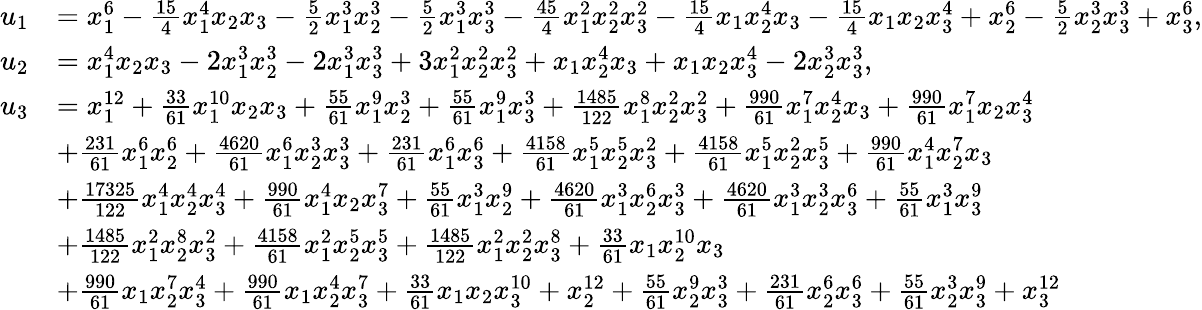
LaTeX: \begin{array}{rl}{u_{1}}&{=x_{1}^{6}-\frac{15}{4}x_{1}^{4}x_{2}x_{3}-\frac{5}{2}x_{1}^{3}x_{2}^{3}-\frac{5}{2}x_{1}^{3}x_{3}^{3}-\frac{45}{4}x_{1}^{2}x_{2}^{2}x_{3}^{2}-\frac{15}{4}x_{1}x_{2}^{4}x_{3}-\frac{15}{4}x_{1}x_{2}x_{3}^{4}+x_{2}^{6}-\frac{5}{2}x_{2}^{3}x_{3}^{3}+x_{3}^{6},}\\ {u_{2}}&{=x_{1}^{4}x_{2}x_{3}-2x_{1}^{3}x_{2}^{3}-2x_{1}^{3}x_{3}^{3}+3x_{1}^{2}x_{2}^{2}x_{3}^{2}+x_{1}x_{2}^{4}x_{3}+x_{1}x_{2}x_{3}^{4}-2x_{2}^{3}x_{3}^{3},}\\ {u_{3}}&{=x_{1}^{12}+\frac{33}{61}x_{1}^{10}x_{2}x_{3}+\frac{55}{61}x_{1}^{9}x_{2}^{3}+\frac{55}{61}x_{1}^{9}x_{3}^{3}+\frac{1485}{122}x_{1}^{8}x_{2}^{2}x_{3}^{2}+\frac{990}{61}x_{1}^{7}x_{2}^{4}x_{3}+\frac{990}{61}x_{1}^{7}x_{2}x_{3}^{4}}\\ &{+\frac{231}{61}x_{1}^{6}x_{2}^{6}+\frac{4620}{61}x_{1}^{6}x_{2}^{3}x_{3}^{3}+\frac{231}{61}x_{1}^{6}x_{3}^{6}+\frac{4158}{61}x_{1}^{5}x_{2}^{5}x_{3}^{2}+\frac{4158}{61}x_{1}^{5}x_{2}^{2}x_{3}^{5}+\frac{990}{61}x_{1}^{4}x_{2}^{7}x_{3}}\\ &{+\frac{17325}{122}x_{1}^{4}x_{2}^{4}x_{3}^{4}+\frac{990}{61}x_{1}^{4}x_{2}x_{3}^{7}+\frac{55}{61}x_{1}^{3}x_{2}^{9}+\frac{4620}{61}x_{1}^{3}x_{2}^{6}x_{3}^{3}+\frac{4620}{61}x_{1}^{3}x_{2}^{3}x_{3}^{6}+\frac{55}{61}x_{1}^{3}x_{3}^{9}}\\ &{+\frac{1485}{122}x_{1}^{2}x_{2}^{8}x_{3}^{2}+\frac{4158}{61}x_{1}^{2}x_{2}^{5}x_{3}^{5}+\frac{1485}{122}x_{1}^{2}x_{2}^{2}x_{3}^{8}+\frac{33}{61}x_{1}x_{2}^{10}x_{3}}\\ &{+\frac{990}{61}x_{1}x_{2}^{7}x_{3}^{4}+\frac{990}{61}x_{1}x_{2}^{4}x_{3}^{7}+\frac{33}{61}x_{1}x_{2}x_{3}^{10}+x_{2}^{12}+\frac{55}{61}x_{2}^{9}x_{3}^{3}+\frac{231}{61}x_{2}^{6}x_{3}^{6}+\frac{55}{61}x_{2}^{3}x_{3}^{9}+x_{3}^{12}}\end{array}